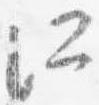
所